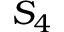
S _ { 4 }